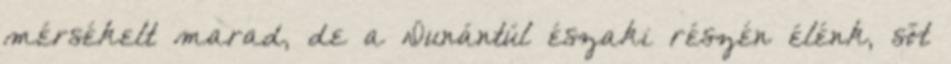
mérsékelt marad, de a Dunántúl északi részén élénk, sőt